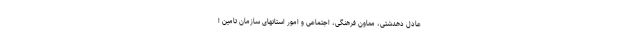
عادل دهدشتی، معاون فرهنگی، اجتماعی و امور استانهای سازمان تامین ا